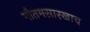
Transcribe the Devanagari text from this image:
गौतमसारखाच